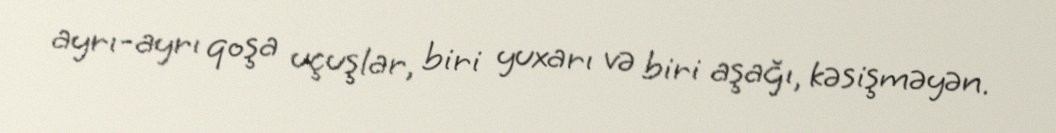
ayrı-ayrı qoşa uçuşlar, biri yuxarı və biri aşağı, kəsişməyən.